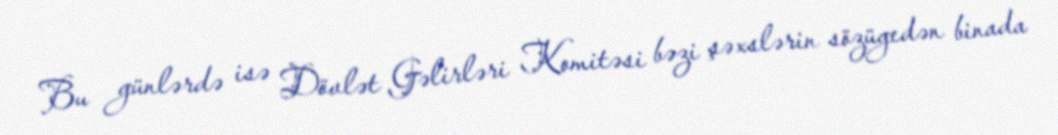
Bu günlərdə isə Dövlət Gəlirləri Komitəsi bəzi şəxslərin sözügedən binada